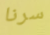
سرنا